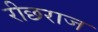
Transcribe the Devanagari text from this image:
रीछराज